画像に写った文字を読んでください
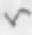
「い」と書いてあります